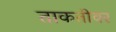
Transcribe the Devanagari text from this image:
ताकतीवर